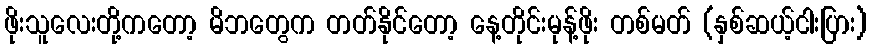
ဖိုးသူလေးတို့ကတော့ မိဘတွေက တတ်နိုင်တော့ နေ့တိုင်းမုန့်ဖိုး တစ်မတ် (နှစ်ဆယ့်ငါးပြား)